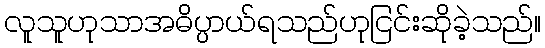
လူသူဟုသာအဓိပ္ပာယ်ရသည်ဟုငြင်းဆိုခဲ့သည်။